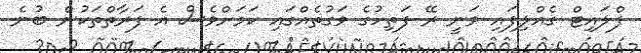
ފްލައިޓް ގެއްލިފައި ވަނީ ރޭ ފަތިހުގެ ވަގުތެއްގައި ކަމަށްވެސް އެ ފަރާތްތަކުން ބުނެ